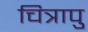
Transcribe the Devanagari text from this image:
चित्रापु